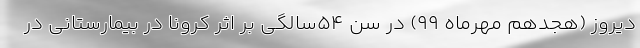
دیروز (هجدهم مهرماه ۹۹) در سن ۵۴سالگی بر اثر کرونا در بیمارستانی در